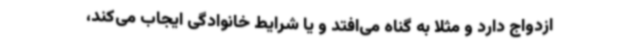
ازدواج دارد و مثلاً به گناه می‌افتد و یا شرایط خانوادگی ایجاب می‌کند،